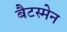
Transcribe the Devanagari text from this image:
बैटस्मेन